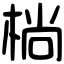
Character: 㭻